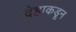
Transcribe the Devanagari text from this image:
देहाकडून